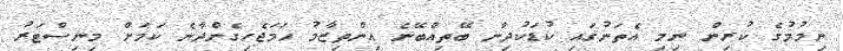
ނިމުމުގެ ކުރިން ނިމި އެތަނުގައި ކުޑަކުދިން ބޭތިއްބޭނެ އިންތިޒާމު ހަމަޖެހިގެންދާނެ ކަމަށް މިނިސްޓަރު